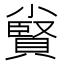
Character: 𡮷